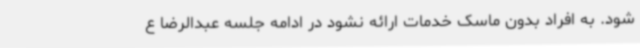
شود. به افراد بدون ماسک خدمات ارائه نشود در ادامه جلسه عبدالرضا ع